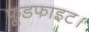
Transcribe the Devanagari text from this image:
फूडफाइट।